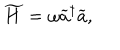
LaTeX: \widetilde { H } = \omega \widetilde { a } ^ { \dagger } \widetilde { a } ,